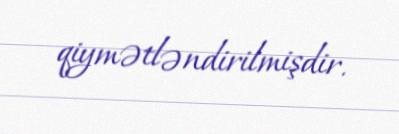
qiymətləndirilmişdir.